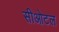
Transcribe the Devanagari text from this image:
सीओटल